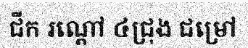
ជីក រណ្តៅ ៤ជ្រុង ជម្រៅ